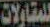
للمقاولات